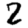
Digit: 2